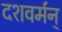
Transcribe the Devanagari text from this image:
दशवर्मन्‌